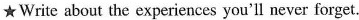
★Write about the experiences you'll never forget.